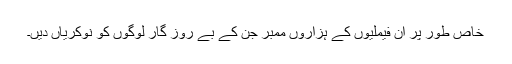
خاص طور پر ان فیملیوں کے ہزاروں ممبر جن کے بے روز گار لوگوں کو نوکریاں دیں۔